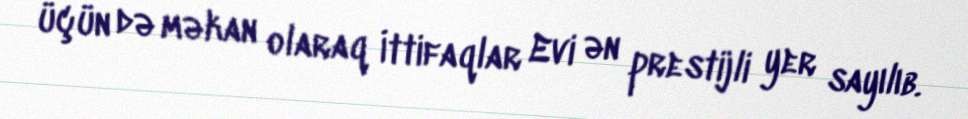
üçün də məkan olaraq İttifaqlar Evi ən prestijli yer sayılıb.